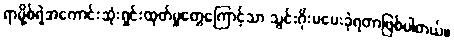
ရာမို့စ်ရဲဲ့အကောင်းဆုံးရှင်းထုတ်မှုတွေကြောင့်သာ သွင်းဂိုးမပေးခဲ့ရတာဖြစ်ပါတယ်။